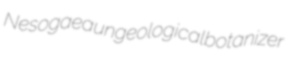
Nesogaea ungeological botanizer